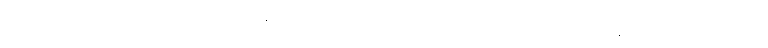
သဒ္ဒါရမ္မဏတ္ထာယ၊ သဒ္ဒါရုံ အစရှိသော အာရုံ အလို့ငှာ။ ဘဝိဿတိ၊ လတ္တံ့။ ဧတ္တကံ၊ သည်။